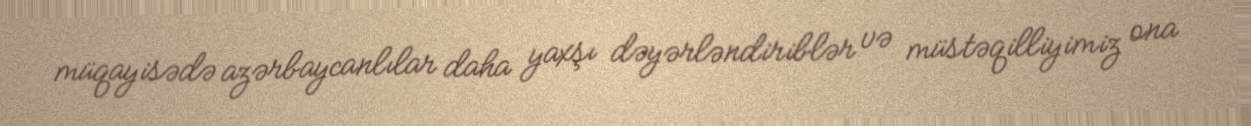
müqayisədə azərbaycanlılar daha yaxşı dəyərləndiriblər və müstəqilliyimiz ona